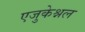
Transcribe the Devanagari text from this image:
एजुकेश्नल